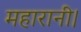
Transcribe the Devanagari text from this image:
महारानी।